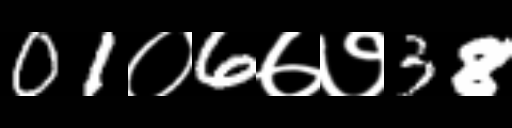
Text: 01०6७७38